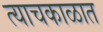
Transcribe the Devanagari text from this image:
त्याचकाळात